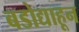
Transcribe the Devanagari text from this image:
बडोद्याहून